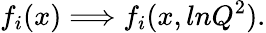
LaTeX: f_{i}(x)\Longrightarrow f_{i}(x,lnQ^{2}).